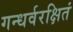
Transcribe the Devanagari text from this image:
गन्धर्वरक्षितं